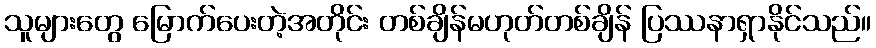
သူများတွေ မြောက်ပေးတဲ့အတိုင်း တစ်ချိန်မဟုတ်တစ်ချိန် ပြဿနာရှာနိုင်သည်။